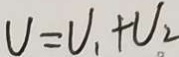
U = U _ { 1 } + U _ { 2 }